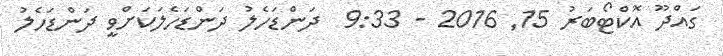
ގައްދޫ އޮކްޓޯބަރު 15